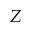
Z